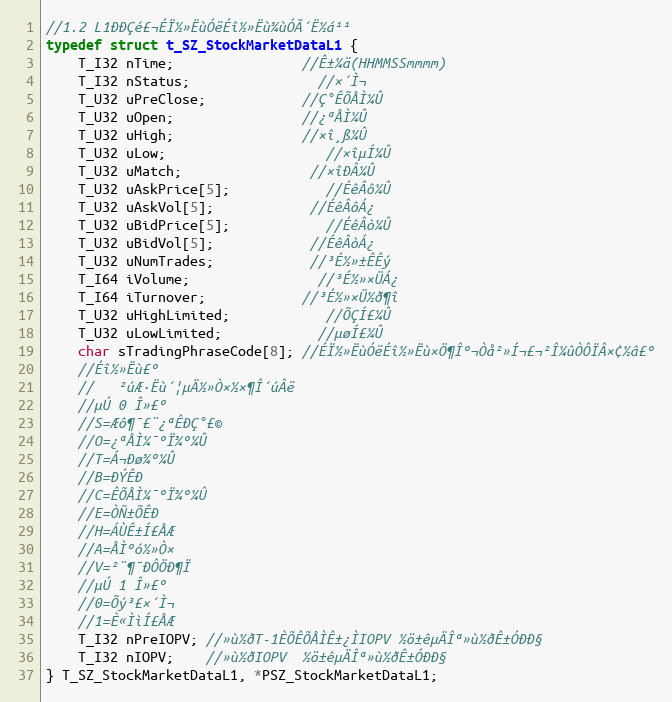
Language: C
//1.2 L1ÐÐÇé£¬ÉÏ½»ËùÓëÉî½»Ëù¾ùÓÃ´Ë½á¹¹
typedef struct t_SZ_StockMarketDataL1 {
	T_I32 nTime;				//Ê±¼ä(HHMMSSmmmm)
	T_I32 nStatus;				//×´Ì¬
	T_U32 uPreClose;			//Ç°ÊÕÅÌ¼Û
	T_U32 uOpen;				//¿ªÅÌ¼Û
	T_U32 uHigh;				//×î¸ß¼Û
	T_U32 uLow;					//×îµÍ¼Û
	T_U32 uMatch;				//×îÐÂ¼Û
	T_U32 uAskPrice[5];			//ÉêÂô¼Û
	T_U32 uAskVol[5];			//ÉêÂôÁ¿
	T_U32 uBidPrice[5];			//ÉêÂò¼Û
	T_U32 uBidVol[5];			//ÉêÂòÁ¿
	T_U32 uNumTrades;			//³É½»±ÊÊý
	T_I64 iVolume;				//³É½»×ÜÁ¿
	T_I64 iTurnover;			//³É½»×Ü½ð¶î
	T_U32 uHighLimited;			//ÕÇÍ£¼Û
	T_U32 uLowLimited;			//µøÍ£¼Û
	char sTradingPhraseCode[8]; //ÉÏ½»ËùÓëÉî½»Ëù×Ö¶Îº¬Òå²»Í¬£¬²Î¼ûÒÔÏÂ×¢½â£º
	//Éî½»Ëù£º
	//   ²úÆ·Ëù´¦µÄ½»Ò×½×¶Î´úÂë
	//µÚ 0 Î»£º
	//S=Æô¶¯£¨¿ªÊÐÇ°£©
	//O=¿ªÅÌ¼¯ºÏ¾º¼Û
	//T=Á¬Ðø¾º¼Û
	//B=ÐÝÊÐ
	//C=ÊÕÅÌ¼¯ºÏ¾º¼Û
	//E=ÒÑ±ÕÊÐ
	//H=ÁÙÊ±Í£ÅÆ
	//A=ÅÌºó½»Ò×
	//V=²¨¶¯ÐÔÖÐ¶Ï
	//µÚ 1 Î»£º
	//0=Õý³£×´Ì¬
	//1=È«ÌìÍ£ÅÆ
	T_I32 nPreIOPV; //»ù½ðT-1ÈÕÊÕÅÌÊ±¿ÌIOPV ½ö±êµÄÎª»ù½ðÊ±ÓÐÐ§
	T_I32 nIOPV;	//»ù½ðIOPV  ½ö±êµÄÎª»ù½ðÊ±ÓÐÐ§
} T_SZ_StockMarketDataL1, *PSZ_StockMarketDataL1;